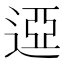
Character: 䢝